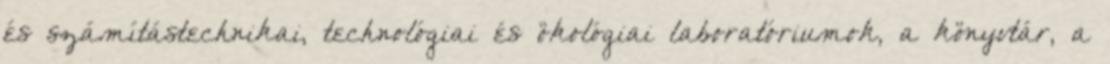
és számítástechnikai, technológiai és ökológiai laboratóriumok, a könyvtár, a